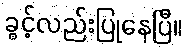
ခွင့်လည်းပြုနေပြီ။